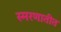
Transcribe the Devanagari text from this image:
स्मरणातीत